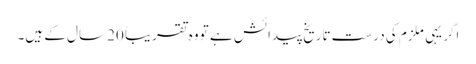
اگر یہی ملزم کی درست تاریخ پیدائش ہے تو وہ تقریباً 20 سال کے ہیں۔